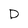
Character: D